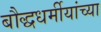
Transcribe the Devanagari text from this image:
बौद्धधर्मीयांच्या